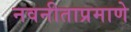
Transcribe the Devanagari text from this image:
नवनीताप्रमाणे